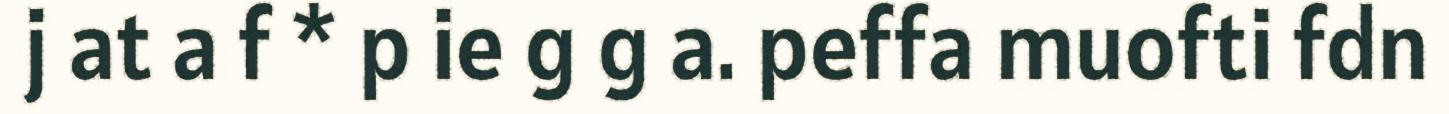
j at a f * p ie g g a. peffa muofti fdn